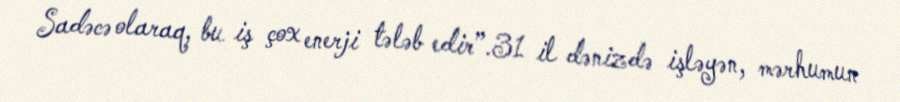
Sadəcə olaraq, bu iş çox enerji tələb edir”.31 il dənizdə işləyən, mərhumun